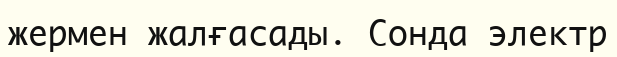
жермен жалғасады. Сонда электр